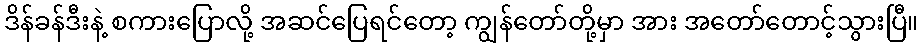
ဒိန်ခန်ဒီးနဲ့ စကားပြောလို့ အဆင်ပြေရင်တော့ ကျွန်တော်တို့မှာ အား အတော်တောင့်သွားပြီ။